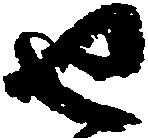
せ